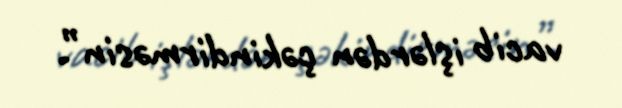
vacib işlərdən çəkindirməsin”.